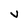
Character: V